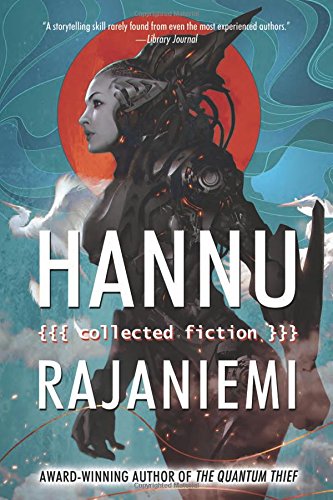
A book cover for Hannu Rajaniemi: Collected Fiction; Hannu Rajaniemi; Science Fiction & Fantasy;